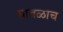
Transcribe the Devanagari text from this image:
सावळाच